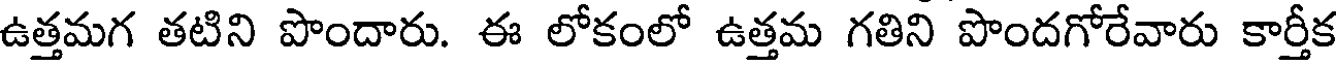
ఉత్తమగ తటిని పొందారు. ఈ లోకంలో ఉత్తమ గతిని పొందగోరేవారు కార్తీక